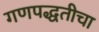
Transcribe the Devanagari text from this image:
गणपद्धतीचा